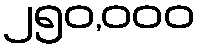
၂၅၀,၀၀၀